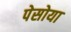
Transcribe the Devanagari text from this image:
पेसोया